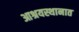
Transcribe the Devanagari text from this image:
आश्रयस्थानात